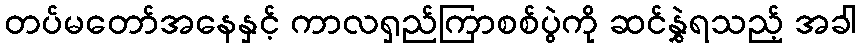
တပ်မတော်အနေနှင့် ကာလရှည်ကြာစစ်ပွဲကို ဆင်နွှဲရသည့် အခါ